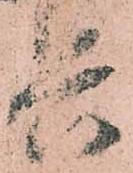
兵